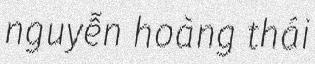
nguyễn hoàng thái